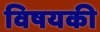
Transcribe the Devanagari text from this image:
विषयकी